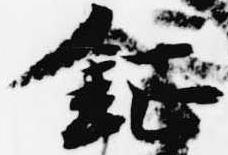
鉦